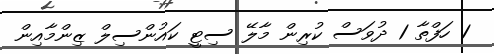
1 ހަފްތާ 1 ދުވަސް ކުރިން މާލޭ ސިޓީ ކައުންސިލް ޒިންމާއިން